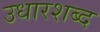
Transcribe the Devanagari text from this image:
उधारशब्द